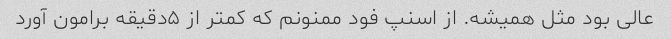
عالی بود مثل همیشه. از اسنپ فود ممنونم که کمتر از ۵دقیقه برامون آورد